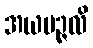
အယမဉ္ဇလိ